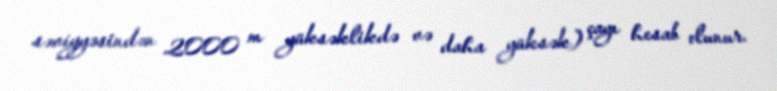
səviyyəsindən 2000 m yüksəklikdə və daha yüksək) çayı hesab olunur.